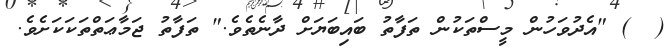
(  ) "އެދުވަހުން މީސްތަކުން ތަފާތު ބައިބަޔަށް ދާނެތެވެ." ތަފާތު ޖަމާޢަތްތަކަކަށެވެ.